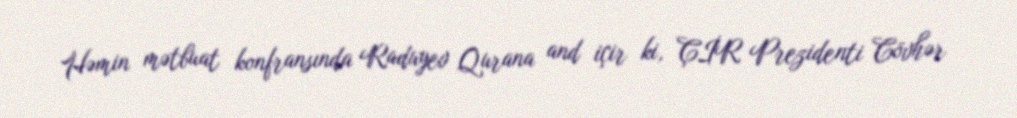
Həmin mətbuat konfransında Raduyev Qurana and içir ki, ÇİR Prezidenti Cövhər